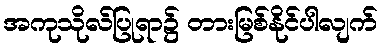
အကုသိုလ်ပြုရာ၌ တားမြစ်နိုင်ပါလျက်